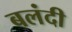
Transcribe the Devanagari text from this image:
बलंदी